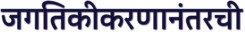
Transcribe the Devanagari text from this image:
जगतिकीकरणानंतरची